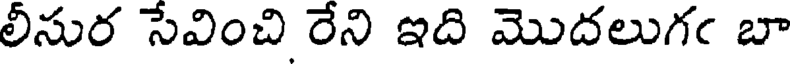
లీసుర సేవించి రేని ఇది మొదలుగఁ బా